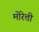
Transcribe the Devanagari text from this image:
मोरेत्ती